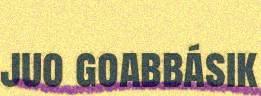
juo goabbásik